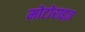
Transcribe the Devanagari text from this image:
मोटोराइज़